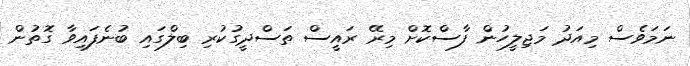
ނަމަވެސް މިއަދު މަޖިލީހުން ފާސްކޮށް މިރޭ ރައީސް ތަސްދީގުކުރި ބިލްގައި ބުނެފައިވާ ގޮތުން